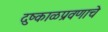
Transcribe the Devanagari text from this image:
दुष्काळप्रवणाचे